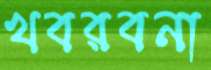
খবরবনা